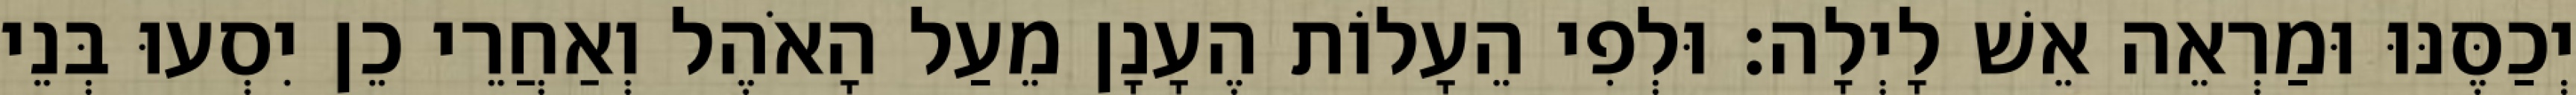
יְכַסֶּנּוּ וּמַרְאֵה אֵשׁ לָיְלָה׃ וּלְפִי הֵעָלוֹת הֶעָנָן מֵעַל הָאֹהֶל וְאַחֲרֵי כֵן יִסְעוּ בְּנֵי